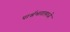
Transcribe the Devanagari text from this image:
पार्श्वभागामध्ये